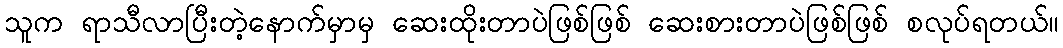
သူက ရာသီလာပြီးတဲ့နောက်မှာမှ ဆေးထိုးတာပဲဖြစ်ဖြစ် ဆေးစားတာပဲဖြစ်ဖြစ် စလုပ်ရတယ်။